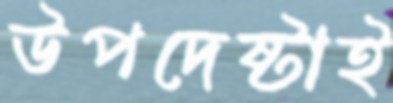
উপদেষ্টাই